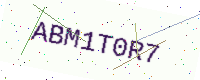
Text: ABM1T0R7